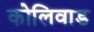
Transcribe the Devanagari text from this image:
कोलिवाड